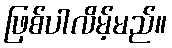
ဖြစ်ပါလိမ့်မည်။